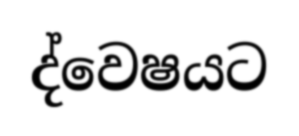
ද්වෙෂයට